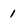
Character: 1